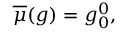
\begin{array} { r } { \overline { { \mu } } ( g ) = g _ { 0 } ^ { 0 } , } \end{array}